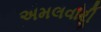
અમલવારી